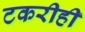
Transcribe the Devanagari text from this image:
टकरीही